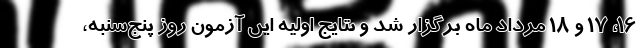
۱۶، ۱۷ و ۱۸ مرداد ماه برگزار شد و نتایج اولیه این آزمون روز پنج‌شنبه،